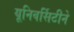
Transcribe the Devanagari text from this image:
यूनिवर्सिटीने